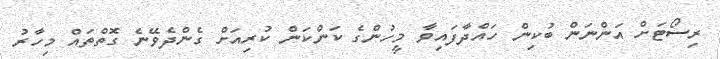
ރިސޯޓަށް އަންނަން ބުކިން ހައްދާފައިވާ މީހުންގެ ކަންކަން ކުރިއަށް ގެންދެވޭނެ ގޮތްތައް މިހާރު